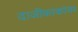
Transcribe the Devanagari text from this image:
दाजीकाकांवर